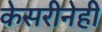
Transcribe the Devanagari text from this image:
केसरीनेही